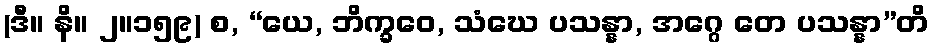
(ဒီ။ နိ။ ၂။၁၅၉) စ, “ယေ, ဘိက္ခဝေ, သံဃေ ပသန္နာ, အဂ္ဂေ တေ ပသန္နာ”တိ